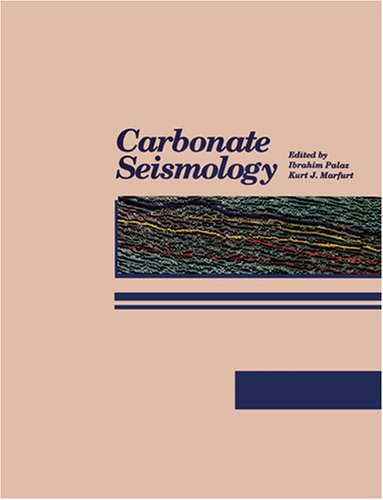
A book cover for Carbonate Seismology (Geophysical Development Series No. 6) (Geophysical Development Series, V. 6.); Kurt J. Marfurt; Science & Math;